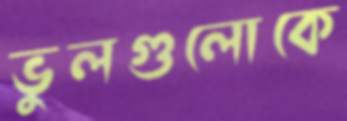
ভুলগুলোকে